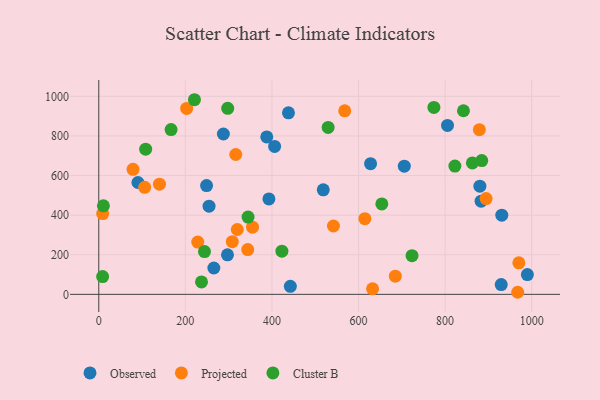
{"axis": {"x": "Study Hours", "y": "Rating"}, "legend": ["Cluster B", "Observed", "Projected"], "data": [{"x": "805.5", "y": 853.2, "type": "Observed"}, {"x": "406.2", "y": 747.3, "type": "Observed"}, {"x": "442.5", "y": 40.3, "type": "Observed"}, {"x": "883.1", "y": 470.6, "type": "Observed"}, {"x": "930.9", "y": 399.9, "type": "Observed"}, {"x": "518.5", "y": 528.1, "type": "Observed"}, {"x": "388.0", "y": 795.1, "type": "Observed"}, {"x": "90.4", "y": 564.9, "type": "Observed"}, {"x": "254.7", "y": 445.2, "type": "Observed"}, {"x": "990.0", "y": 99.9, "type": "Observed"}, {"x": "438.2", "y": 916.6, "type": "Observed"}, {"x": "287.8", "y": 809.8, "type": "Observed"}, {"x": "393.0", "y": 481.7, "type": "Observed"}, {"x": "880.3", "y": 546.2, "type": "Observed"}, {"x": "929.6", "y": 49.5, "type": "Observed"}, {"x": "249.0", "y": 549.3, "type": "Observed"}, {"x": "265.8", "y": 133.1, "type": "Observed"}, {"x": "297.3", "y": 199.6, "type": "Observed"}, {"x": "705.7", "y": 647.3, "type": "Observed"}, {"x": "627.8", "y": 659.7, "type": "Observed"}, {"x": "203.0", "y": 938.8, "type": "Projected"}, {"x": "79.1", "y": 631.2, "type": "Projected"}, {"x": "355.1", "y": 339.5, "type": "Projected"}, {"x": "308.4", "y": 265.8, "type": "Projected"}, {"x": "9.0", "y": 407.7, "type": "Projected"}, {"x": "967.6", "y": 10.5, "type": "Projected"}, {"x": "542.1", "y": 345.2, "type": "Projected"}, {"x": "894.6", "y": 483.7, "type": "Projected"}, {"x": "316.4", "y": 706.3, "type": "Projected"}, {"x": "228.6", "y": 264.0, "type": "Projected"}, {"x": "344.1", "y": 226.2, "type": "Projected"}, {"x": "568.1", "y": 927.0, "type": "Projected"}, {"x": "632.4", "y": 28.1, "type": "Projected"}, {"x": "320.0", "y": 327.5, "type": "Projected"}, {"x": "140.2", "y": 556.3, "type": "Projected"}, {"x": "106.0", "y": 540.4, "type": "Projected"}, {"x": "685.0", "y": 92.0, "type": "Projected"}, {"x": "614.6", "y": 382.1, "type": "Projected"}, {"x": "970.3", "y": 159.2, "type": "Projected"}, {"x": "879.1", "y": 831.4, "type": "Projected"}, {"x": "822.6", "y": 647.7, "type": "Cluster B"}, {"x": "863.0", "y": 663.9, "type": "Cluster B"}, {"x": "108.3", "y": 733.3, "type": "Cluster B"}, {"x": "297.8", "y": 939.3, "type": "Cluster B"}, {"x": "723.6", "y": 195.1, "type": "Cluster B"}, {"x": "221.0", "y": 982.9, "type": "Cluster B"}, {"x": "244.2", "y": 216.0, "type": "Cluster B"}, {"x": "529.8", "y": 842.8, "type": "Cluster B"}, {"x": "10.7", "y": 447.3, "type": "Cluster B"}, {"x": "884.6", "y": 675.8, "type": "Cluster B"}, {"x": "423.0", "y": 218.0, "type": "Cluster B"}, {"x": "237.3", "y": 62.8, "type": "Cluster B"}, {"x": "344.8", "y": 390.3, "type": "Cluster B"}, {"x": "167.0", "y": 832.0, "type": "Cluster B"}, {"x": "774.1", "y": 943.8, "type": "Cluster B"}, {"x": "842.4", "y": 927.2, "type": "Cluster B"}, {"x": "8.9", "y": 89.8, "type": "Cluster B"}, {"x": "653.8", "y": 456.5, "type": "Cluster B"}]}